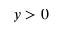
y > 0